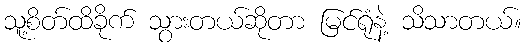
သူ့စိတ်ထိခိုက် သွားတယ်ဆိုတာ မြင်ရုံနဲ့ သိသာတယ်။